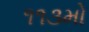
૧૧૩મો